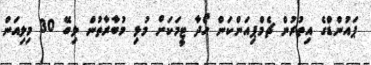
ޕައުންޑްގެ އިތުރުން ޗެމްޕިއަންކަން ހޯދާ ޓީމަކަށް މުޅި މުބާރާތުން ލިބޭ 30 މިލިއަން